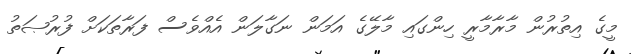
މީގެ އިތުރުން މާރާމާރީ ހިންގައި މާލޭގެ އަމަން ނަގާލަން އެއްވެސް ފަރާތަކަށް ފުރުޞަތު